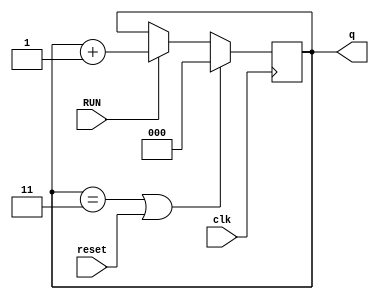
module SubCounter(clk,RUN,reset,q);
	input clk,RUN,reset;
	output reg [2:0]q;
	initial
		q = 0;
	always@(posedge clk) begin
		if(q == 3 || reset)
			q = 0;
		else if(RUN)	
			q = q + 1;
	end
endmodule

module SomSub(clk,RUN,RegX,RegY,RegZ,OpCode,Result,Done,XAddSub,LabelAddSub,EnderecoSaida,Label);
	input [8:0]RegX,RegY,RegZ;
	input [2:0]OpCode,XAddSub,LabelAddSub;
	input clk,RUN;
	output reg Done;
	output [2:0]EnderecoSaida,Label;
	output reg [8:0]Result;
	wire [2:0]count;
	
	assign EnderecoSaida = XAddSub;
	assign Label = LabelAddSub;
	
	always@(clk,RegX,RegY,RegZ,OpCode,RUN) begin
		Done = 0;
		if(count == 2 && OpCode == 3'b000) begin
			Result = RegY + RegZ; //ADD
			Done = 1;
		end
		else if(count == 2 && OpCode == 3'b001) begin
			Result = RegY - RegZ; //SUB 
			Done = 1;
		end
	end
	SubCounter c(clk,RUN,Done,count);
endmodule